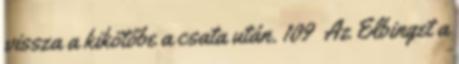
vissza a kikötőbe a csata után. 109 Az Elbinget a